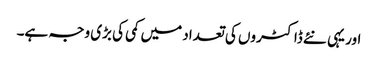
اور یہی نئے ڈاکٹروں کی تعداد میں کمی کی بڑی وجہ ہے۔